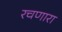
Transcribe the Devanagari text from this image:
रचणारा